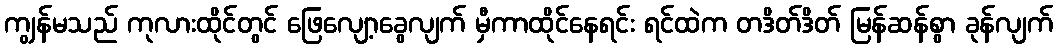
ကျွန်မသည် ကုလားထိုင်တွင် ဖြေလျော့ခွေလျက် မှီကာထိုင်နေရင်း ရင်ထဲက တဒိတ်ဒိတ် မြန်ဆန်စွာ ခုန်လျက်